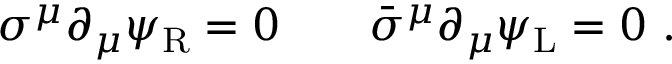
\sigma ^ { \mu } \partial _ { \mu } \psi _ { \mathrm { { R } } } = 0 \qquad { \bar { \sigma } } ^ { \mu } \partial _ { \mu } \psi _ { \mathrm { { L } } } = 0 ~ .